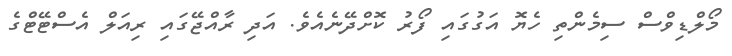
މޯލްޑިވްސް ސިމެންތި ހެޔޮ އަގުގައި ފޯރު ކޮށްދޭނެއެވެ. އަދި ރާއްޖޭގައި ރިއަލް އެސްޓޭޓްގެ